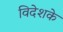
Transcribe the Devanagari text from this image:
विदेशके